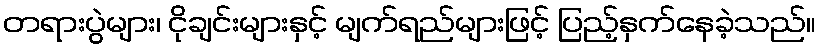
တရားပွဲများ၊ ငိုချင်းများနှင့် မျက်ရည်များဖြင့် ပြည့်နှက်နေခဲ့သည်။